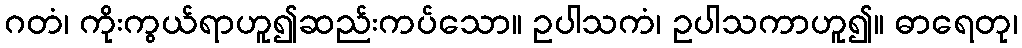
ဂတံ၊ ကိုးကွယ်ရာဟူ၍ဆည်းကပ်သော။ ဥပါသကံ၊ ဥပါသကာဟူ၍။ ဓာရေတု၊